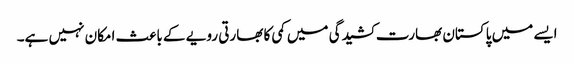
ایسے میں پاکستان بھارت کشیدگی میں کمی کا بھارتی رویے کے باعث امکان نہیں ہے۔